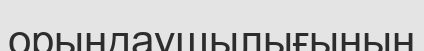
орындаушылығының